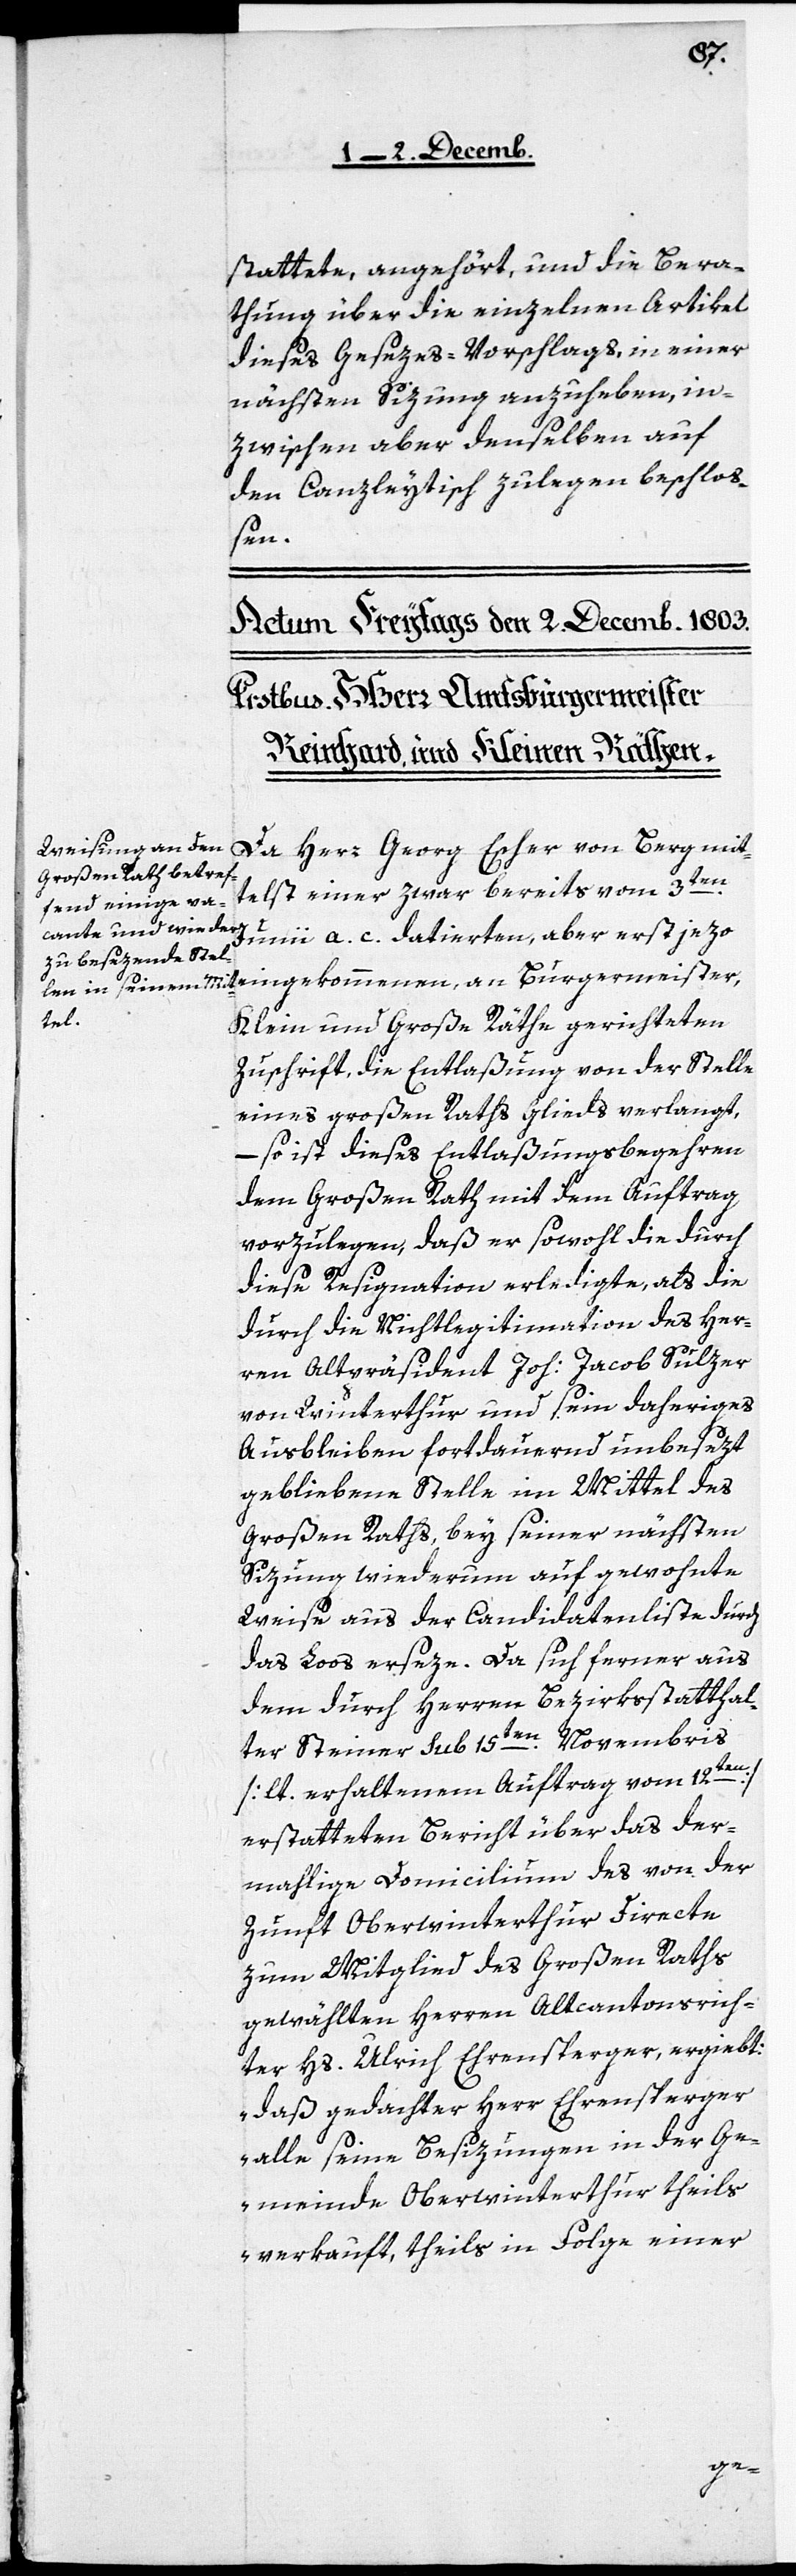
stattete, angehört, und die Bera¬
thung über die einzelnen Artikel
dieses Gesezes-Vorschlags, in einer
nächsten Sizung anzuheben, in¬
zwischen aber denselben auf
den Canzleytisch zu legen beschloß¬
en.
eingekommenen, an Burgermeister,
Da Herr Georg Escher von Berg mit¬
telst seiner zwar bereits vom 3ten.
Junii a. c. datierten, aber erst jezo
Klein und Große Räthe gerichteten
Zuschrift, die Entlaßung von der Stelle
eines Großen Raths Glieds verlangt,
– so ist dieses Entlaßungsbegehren
dem Großen Rath mit dem Auftrag
vorzulegen, daß er sowohl die durch
diese Resignation erledigte, als die
durch die Nichtlegitimation des Her¬
ren Altpräsident Joh: Jacob Sulzer
von Winterthur und sein daheriges
Ausbleiben fortdauernd unbesezt
gebliebene Stelle im Mittel des
Großen Raths, bey seiner nächsten
Sizung wiederum auf gewohnte
Weise aus der Candidatenliste durch
das Loos erseze. Da sich ferner aus
dem durch Herren Bezirksstatthal¬
ter Steiner sub 15ten. Novembris,
[lt. erhaltenem Auftrag vom 12ten]
erstatteten Bericht über das der¬
mahlige Domicilium des von der
Zunft Oberwinterthur directe
zum Mitglied des Großen Raths
gewählten Herren Altcantonsrich¬
ter Hs. Ulrich Ehrensperger, ergiebt:
„daß gedachter Herr Ehrensperger
alle seine Besizungen in der Ge¬
meinde Oberwinterthur theils
verkauft, theils in Folge einer